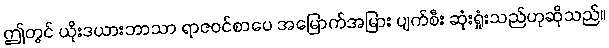
ဤတွင် ယိုးဒယားဘာသာ ရာဇဝင်စာပေ အမြောက်အမြား ပျက်စီး ဆုံးရှုံးသည်ဟုဆိုသည်။